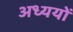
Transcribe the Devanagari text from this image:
अध्ययों